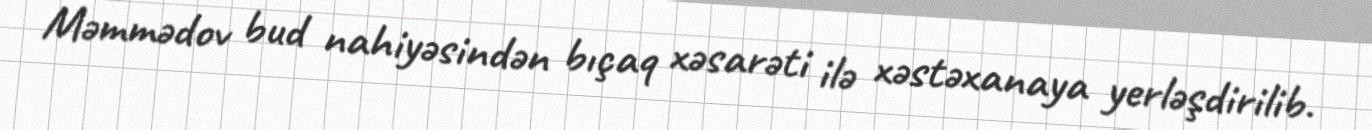
Məmmədov bud nahiyəsindən bıçaq xəsarəti ilə xəstəxanaya yerləşdirilib.